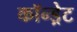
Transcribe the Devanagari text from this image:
कॉन्ड्रेट